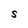
Character: S